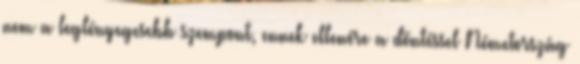
nem a leglényegesebb szempont, ennek ellenére a döntéssel Németország